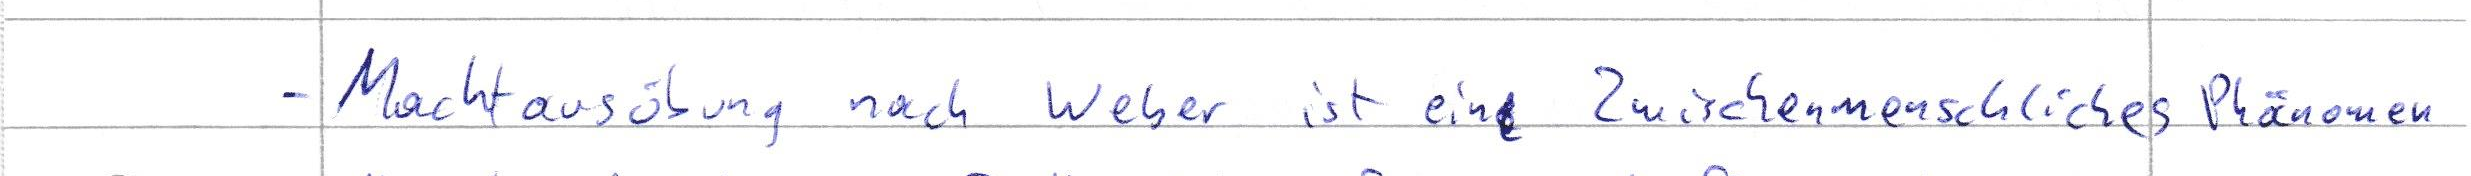
- Machtausübung nach Weber ist eine Zwischenmenschliches Phänomen